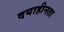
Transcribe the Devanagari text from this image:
दयाहीनता